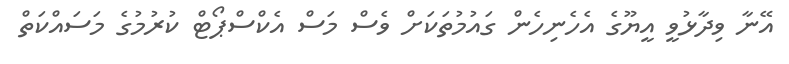
އޭނާ ވިދާޅުވީ އީޔޫގެ އެހެނިހެން ގައުމުތަކަށް ވެސް މަސް އެކްސްޕޯޓް ކުރުމުގެ މަސައްކަތް